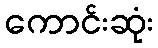
ကောင်းဆုံး